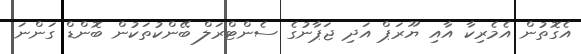
އެގޮތުން އެމެރިކާ އާއި ޔޫރަޕް އަދި ޖަޕާނުގެ ސެންޓްރަލް ބޭންކުތަކުން ބޮންޑް ގަންނަ